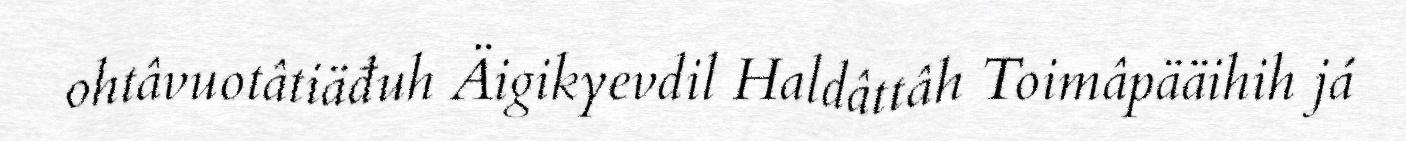
ohtâvuotâtiäđuh Äigikyevdil Haldâttâh Toimâpääihih já